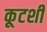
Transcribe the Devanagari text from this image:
कूटशी